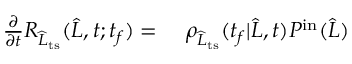
\begin{array} { r l r } { \frac { \partial } { \partial t } R _ { \widehat { L } _ { \mathrm { t s } } } ( \widehat { L } , t ; t _ { f } ) = \ } & { { } \rho _ { \widehat { L } _ { \mathrm { t s } } } ( t _ { f } | \widehat { L } , t ) P ^ { \mathrm { i n } } ( \widehat { L } ) } \end{array}